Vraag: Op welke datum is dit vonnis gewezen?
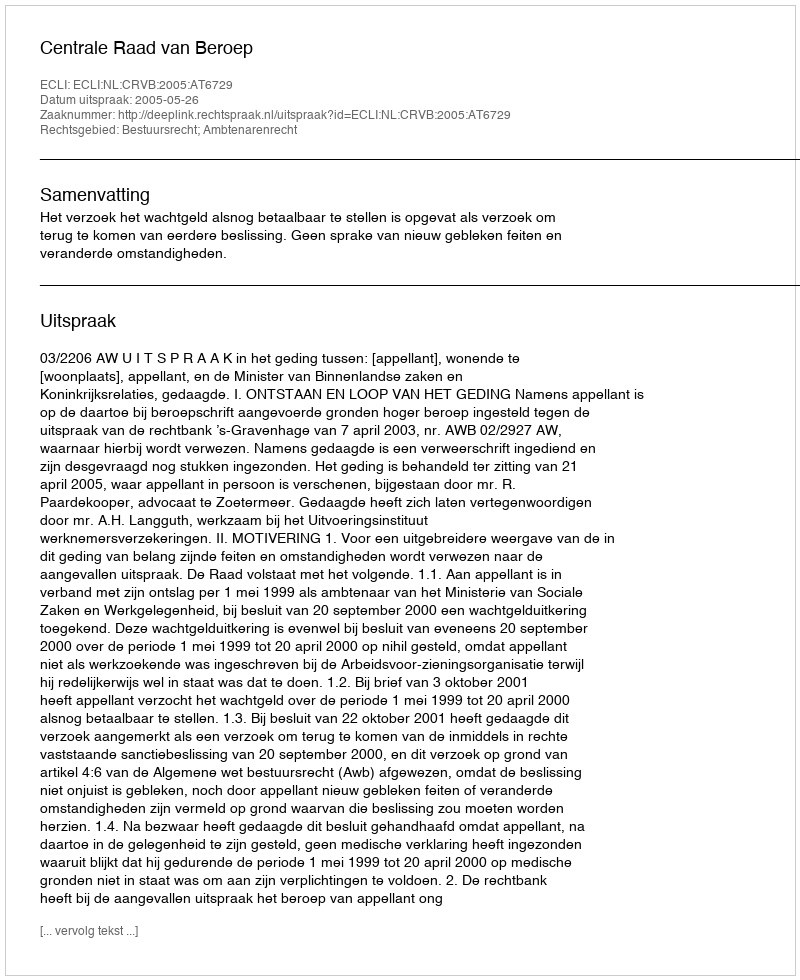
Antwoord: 2005-05-26